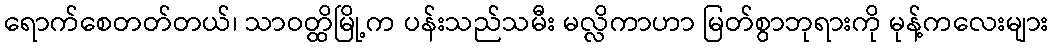
ရောက်စေတတ်တယ်၊ သာဝတ္ထိမြို့က ပန်းသည်သမီး မလ္လိကာဟာ မြတ်စွာဘုရားကို မုန့်ကလေးများ